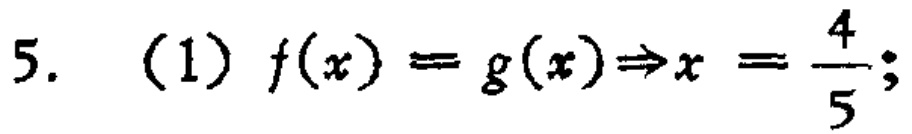
5. （1）\(f(x)=g(x)\Rightarrow x = \frac{4}{5}\);